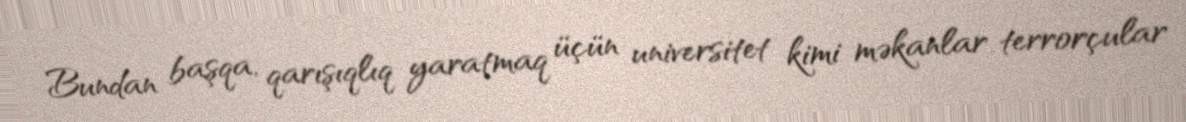
Bundan başqa, qarışıqlıq yaratmaq üçün universitet kimi məkanlar terrorçular